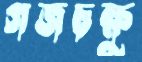
গজচক্ষু